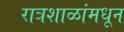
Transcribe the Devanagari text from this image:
रात्रशाळांमधून